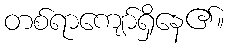
တစ်ရာကျော်ရှိနေ၏။